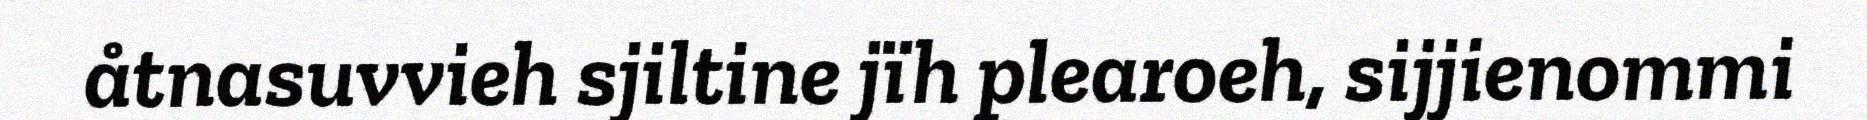
åtnasuvvieh sjiltine jïh plearoeh, sijjienommi